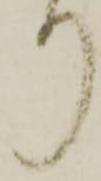
り